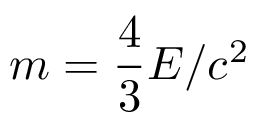
m = { \frac { 4 } { 3 } } E / c ^ { 2 }